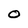
Character: O